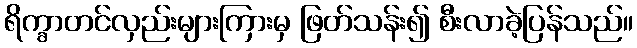
ရိက္ခာတင်လှည်းများကြားမှ ဖြတ်သန်း၍ စီးလာခဲ့ပြန်သည်။